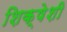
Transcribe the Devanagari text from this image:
शिक्षेशी